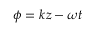
\phi = k z - \omega t